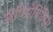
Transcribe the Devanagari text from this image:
लेपिडोचिलिस